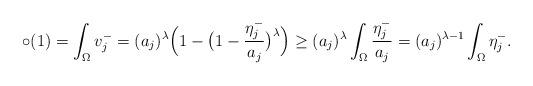
LaTeX: \begin{align*}\circ(1)= \int_{ \Omega } v_j^-= (a_j)^\lambda \Big( 1-\big(1- \frac {\eta_j^-}{a_j}\big)^\lambda \Big)\ge (a_j)^{\lambda} \int_{ \Omega } \frac { \eta_j^-} {a_j}= (a_j)^{\lambda-1} \int_{ \Omega } \eta_j^-.\end{align*}